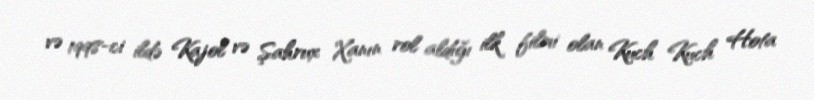
və 1998-ci ildə Kajol və Şahrux Xanın rol aldığı ilk filmi olan Kuch Kuch Hota